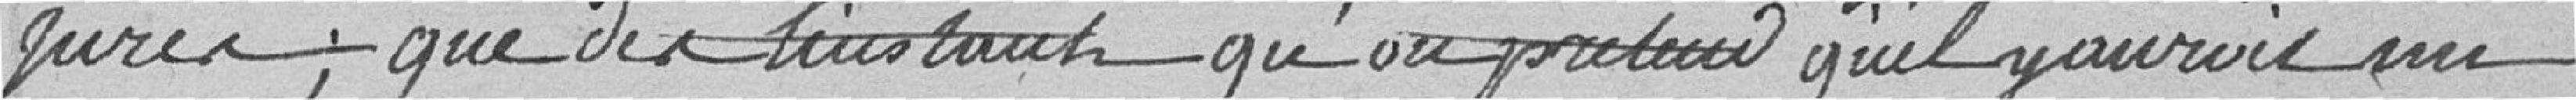
jurés; que dès l'instant qu'on prétend qu'il y aurait un